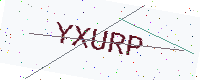
Text: YXURP